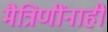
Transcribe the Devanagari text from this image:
मैत्रिणींनाही